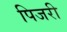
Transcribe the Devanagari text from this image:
पिजरी